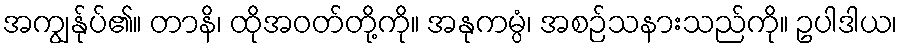
အကျွန်ုပ်၏။ တာနိ၊ ထိုအဝတ်တို့ကို။ အနုကမ္ပံ၊ အစဉ်သနားသည်ကို။ ဥပါဒါယ၊